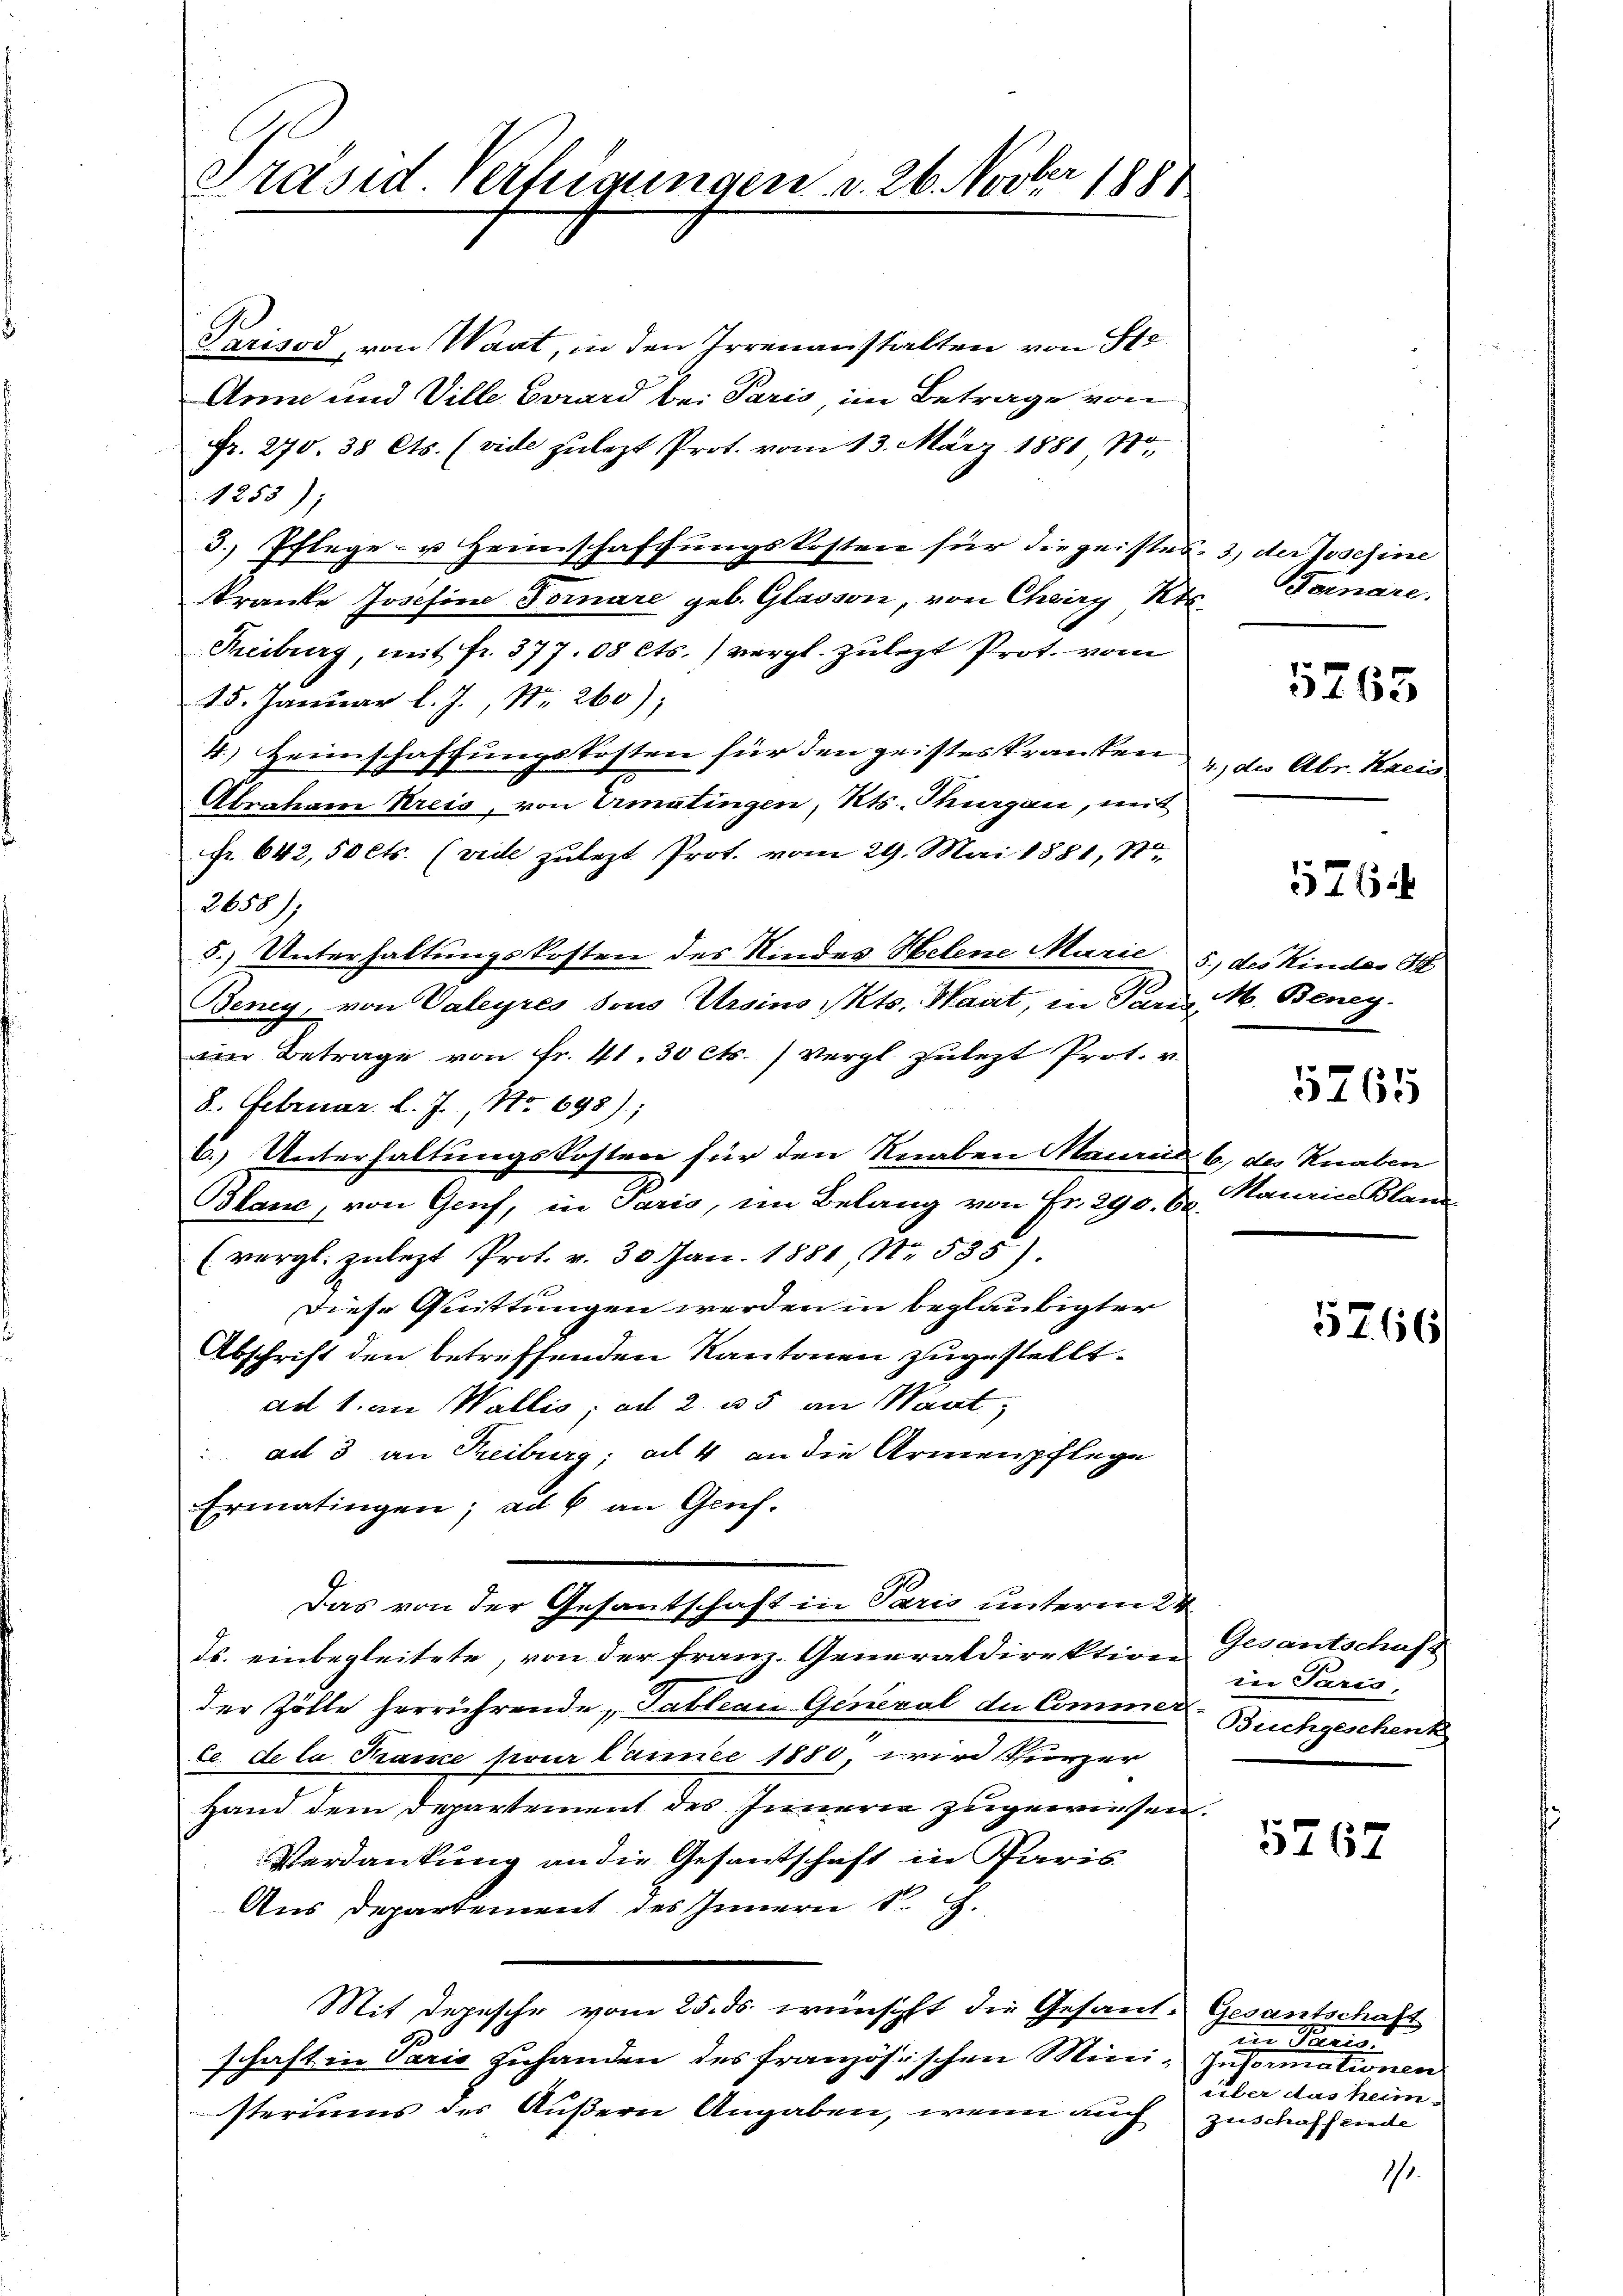
Präsid. Vertigungen v. 26. Novber 1881

Parisod, von Waat, in den Irrenanstalten von Ste
Anna und Ville Girard bei Paris, im Betrage von
Fr. 270. 38 Cts. (vide zulezt Prot. vom 13. März 1881 No
1253);
3. Pflege- u Heimschaffungskosten für die geistes- 3) der Josefine
Kranke Josefine Fornare geb. Glasson, von Chriry Kts.
Treiburg, mit fr. 377. 08 cts.) vergl. zulezt Prot. vom
15. Januar l. J., Nr. 260);
4.) Heimschaffungskosten für den geisteskranken
Abraham Kreis, von Ermatingen, Kts. Thurgau, mit
Fr. 642, 50 Cts. (vide zulezt Prot. vom 29. Mai 1881, St
2658);
5.) Unterhaltungskosten des Kindes Helene Marie 5, des Kindes H
Beney, von Valeyres sous Urains Mts. Wart, in Pare
an Betrage von Fr. 41. 30 cts. ) Vergl. zulezt Prot. v.
8. Februar l. J., No 698);
6.) Unterhaltungskosten für den Knaben Meuril 6., des Knaben
Blanc, von Genf, in Paris, im Belang von Fr. 290. 6. Maurice Bland
(vergl. zulezt Prot. v. 30. Jan. 1881, No. 535)
Diese Quittungen werden in beglaubigter
Abschrift den betreffenden Kantonen zugestellt.
ad 1. an Wallis, ad 2. u. 5 an Waat,
ad 3 an Treiburg; ad 4 an die Armenpflege
Ermatingen; ad b. an Genf.
Das von der Gesantschaft in Paris unteren 24
ds. einbegleitete, von der Franz. Generaldirektion Gesantschaft
der Zölle herrührende Tableau Geneval der Commer-Buchgeschenk
te. de la Trame pour Lannee 1880, wird kürzer
Hand dem Departement des Innern zugewiesen.
Verdankung an die Gesantschaft in Paris
Aus Departement des Innern S.
Mit Depesche vom 25. ds. wünscht die Gesand¬
Ge
schaft in Paris zuhanden des französischen Mini- Justimationen
steriums des Äußern Angaben, wenn auch zuschaffende

Fornare.
4., des Obr. Kacis
5762
M. Beney.
5765

5765

in Paris,

5767

5766

Gesantschaft
ein Parise
über das heim-

1

.